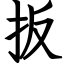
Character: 扳